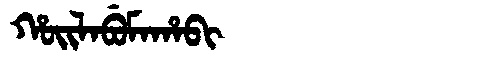
Manchu: ᡥᠣᡳᠯᠠᠪᡠᠮᠠᡥᠠᠪᡳ
Romanization: HOILABUMAHABI